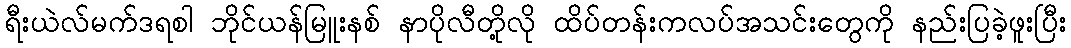
ရီးယဲလ်မက်ဒရစါ ဘိုင်ယန်မြူးနစ် နာပိုလီတို့လို ထိပ်တန်းကလပ်အသင်းတွေကို နည်းပြခဲ့ဖူးပြီး